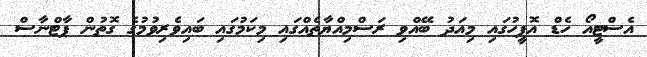
އެސްޓީއޯ ހެޑް އޮފީހުގައި މިއަދު ބޭއްވި ރަސްމިއްޔާތެއްގައި މިކަމުގައި ބައިވެރިވުމުގެ ގޮތުން ޕާޓްނާސް